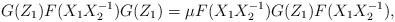
LaTeX: \begin{align*}G(Z_{1}) F(X_{1}X_{2}^{-1}) G(Z_{1}) = \mu F(X_{1}X_{2}^{-1})G(Z_{1}) F(X_{1}X_{2}^{-1}), \end{align*}